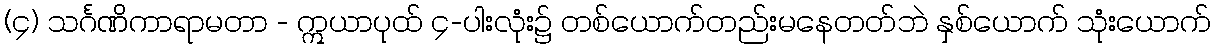
(၄) သင်္ဂဏိကာရာမတာ - ဣယာပုထ် ၄-ပါးလုံး၌ တစ်ယောက်တည်းမနေတတ်ဘဲ နှစ်ယောက် သုံးယောက်